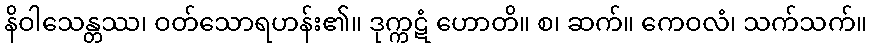
နိဝါသေန္တဿ၊ ဝတ်သောရဟန်း၏။ ဒုက္ကဋံ ဟောတိ။ စ၊ ဆက်။ ကေဝလံ၊ သက်သက်။